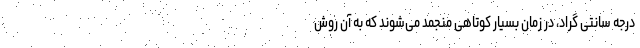
درجه سانتی گراد، در زمان بسیار کوتاهی منجمد می‌شوند که به آن روش